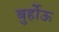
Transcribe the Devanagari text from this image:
बुर्होऊ